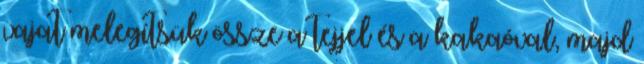
vajat melegítsük össze a tejjel és a kakaóval, majd